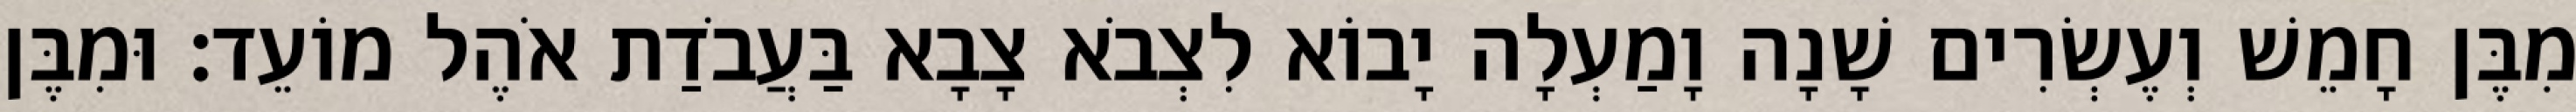
מִבֶּן חָמֵשׁ וְעֶשְׂרִים שָׁנָה וָמַעְלָה יָבוֹא לִצְבֹא צָבָא בַּעֲבֹדַת אֹהֶל מוֹעֵד׃ וּמִבֶּן